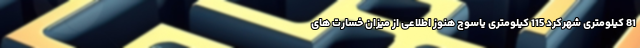
81 کیلومتری شهركرد 115 کیلومتری ياسوج هنوز اطلاعی از میزان خسارت های